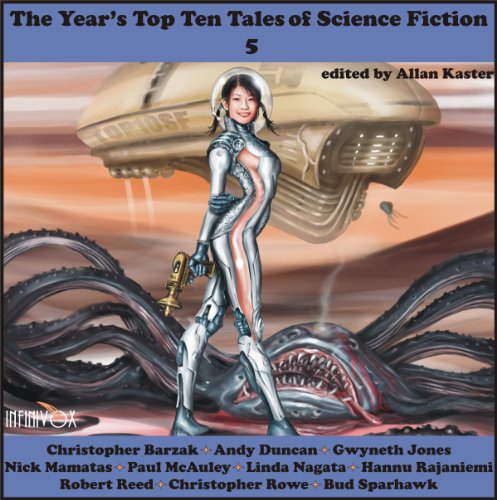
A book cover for The Year's Top Ten Tales of Science Fiction 5; Christopher Barzak; Science Fiction & Fantasy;